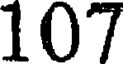
107